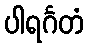
ပါရင်္ဂတံ